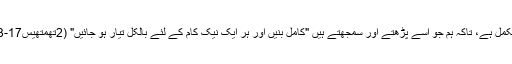
بائبل مکمل ہے، تاکہ ہم جو اِسے پڑھتے اور سمجھتے ہیں "کامل بنیں اور ہر ایک نیک کام کے لئے بالکل تیار ہو جائیں" (2تھِمُتھیُس17-16:3)۔